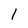
Character: 1